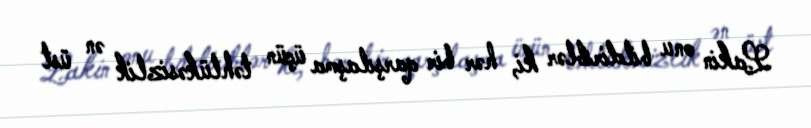
Lakin onu bildiriblər ki, hər bir qarşılaşma üçün təhlükəsizlik ən üst